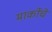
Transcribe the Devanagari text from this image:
मार्कोचे